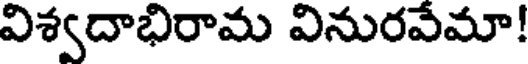
విశ్వదాభిరామ వినురవేమా!